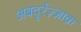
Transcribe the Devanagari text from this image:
अबदूर्रज़्ज़ाक़